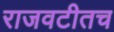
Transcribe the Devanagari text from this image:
राजवटीतच